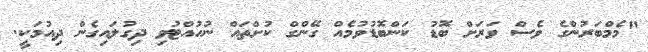
"މެމްބަރުންގެ ވެސް ވަރަށް ބޮޑު ކަންބޮޑުވުމެއް ގޭންގް ކުށްތައް ނުހުއްޓުވި ދިގުލައިގެން ދިއުމަކީ.